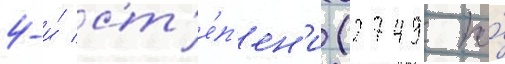
4-и́ ст'е́п'ен'и (2749 по́